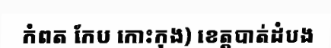
កំពត កែប កោះកុង) ខេត្តបាត់ដំបង